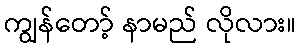
ကျွန်တော့် နာမည် လိုလား။